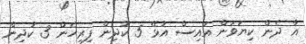
އާ ދެން ކިޔަވަން އައިސް އުޅޭ 5 ކުދިން ފިރިހެން 3 ކުދިން